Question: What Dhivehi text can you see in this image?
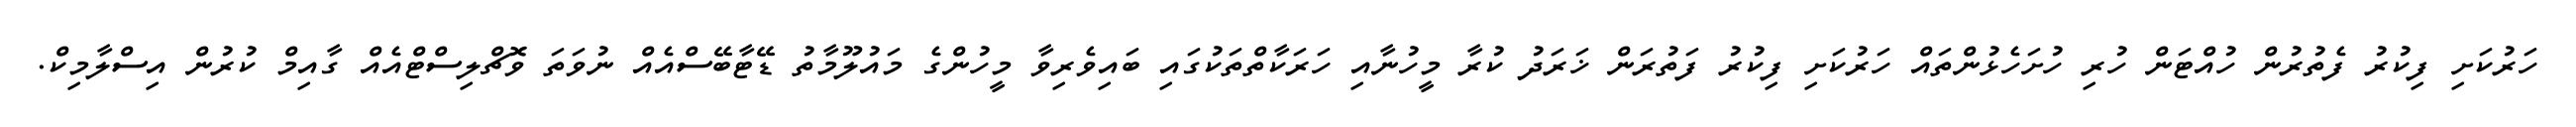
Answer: ހަރުކަށި ފިކުރު ފެތުރުން ހުއްޓަން ހުރި ހުށަހެޅުންތައް ހަރުކަށި ފިކުރު ފަތުރަން ޚަރަދު ކުރާ މީހުނާއި ހަރަކާތްތަކުގައި ބައިވެރިވާ މީހުންގެ މައުލޫމާތު ޑޭޓާބޭސްއެއް ނުވަތަ ވޮޗްލިސްޓްއެއް ގާއިމް ކުރުން އިސްލާމިކް.